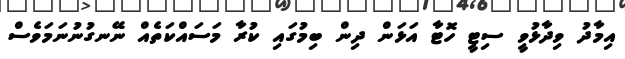
އިމާދު ވިދާޅުވީ ސިޓީ ހޮޓާ އަޅަން ދިން ބިމުގައި ކުރާ މަސައްކަތެއް ނޭނގުނުނަމަވެސް